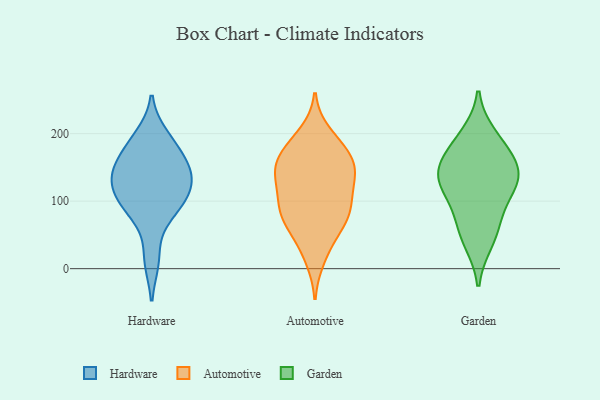
{"axis": {"x": "Customer Acquisition Cost (USD)", "y": "Value"}, "legend": ["Automotive", "Garden", "Hardware"], "data": [{"x": "", "y": 106, "type": "Hardware"}, {"x": "", "y": 13, "type": "Hardware"}, {"x": "", "y": 158, "type": "Hardware"}, {"x": "", "y": 91, "type": "Hardware"}, {"x": "", "y": 120, "type": "Hardware"}, {"x": "", "y": 81, "type": "Hardware"}, {"x": "", "y": 152, "type": "Hardware"}, {"x": "", "y": 196, "type": "Hardware"}, {"x": "", "y": 131, "type": "Hardware"}, {"x": "", "y": 136, "type": "Hardware"}, {"x": "", "y": 181, "type": "Hardware"}, {"x": "", "y": 98, "type": "Automotive"}, {"x": "", "y": 63, "type": "Automotive"}, {"x": "", "y": 139, "type": "Automotive"}, {"x": "", "y": 185, "type": "Automotive"}, {"x": "", "y": 171, "type": "Automotive"}, {"x": "", "y": 15, "type": "Automotive"}, {"x": "", "y": 143, "type": "Automotive"}, {"x": "", "y": 146, "type": "Automotive"}, {"x": "", "y": 143, "type": "Automotive"}, {"x": "", "y": 200, "type": "Automotive"}, {"x": "", "y": 73, "type": "Automotive"}, {"x": "", "y": 89, "type": "Automotive"}, {"x": "", "y": 34, "type": "Automotive"}, {"x": "", "y": 104, "type": "Automotive"}, {"x": "", "y": 77, "type": "Automotive"}, {"x": "", "y": 111, "type": "Automotive"}, {"x": "", "y": 72, "type": "Automotive"}, {"x": "", "y": 178, "type": "Automotive"}, {"x": "", "y": 143, "type": "Automotive"}, {"x": "", "y": 160, "type": "Automotive"}, {"x": "", "y": 41, "type": "Garden"}, {"x": "", "y": 140, "type": "Garden"}, {"x": "", "y": 88, "type": "Garden"}, {"x": "", "y": 125, "type": "Garden"}, {"x": "", "y": 161, "type": "Garden"}, {"x": "", "y": 178, "type": "Garden"}, {"x": "", "y": 196, "type": "Garden"}, {"x": "", "y": 130, "type": "Garden"}, {"x": "", "y": 60, "type": "Garden"}, {"x": "", "y": 133, "type": "Garden"}]}